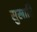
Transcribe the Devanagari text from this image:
सुखादि